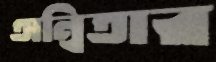
অন্বিতার